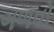
ગળવો